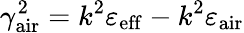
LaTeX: \gamma_{\mathrm{air}}^{2}=k^{2}\varepsilon_{\mathrm{eff}}-k^{2}\varepsilon_{\mathrm{air}}